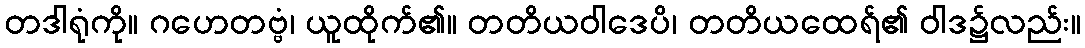
တဒါရုံကို။ ဂဟေတဗ္ဗံ၊ ယူထိုက်၏။ တတိယဝါဒေပိ၊ တတိယထေရ်၏ ဝါဒ၌လည်း။